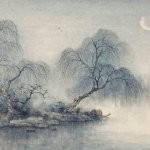
此去经年，应是良辰好景虚设。